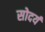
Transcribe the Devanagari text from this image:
सोदर्य